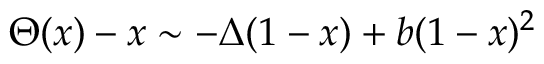
\Theta ( x ) - x \sim - \Delta ( 1 - x ) + b ( 1 - x ) ^ { 2 }